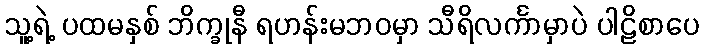
သူ့ရဲ့ ပထမနှစ် ဘိက္ခုနီ ရဟန်းမဘဝမှာ သီရိလင်္ကာမှာပဲ ပါဠိစာပေ